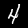
Label: 4